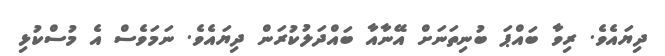
ދިޔައެވެ. ރިވާ ބައްޕަ ބުނިތަނަށް އޭނާއާ ބައްދަލުކުރަން ދިޔައެވެ. ނަމަވެސް އެ މުސްކުޅި